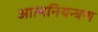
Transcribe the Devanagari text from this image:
आत्मनियन्त्रण